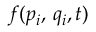
f ( p _ { i } , \, q _ { i } , t )